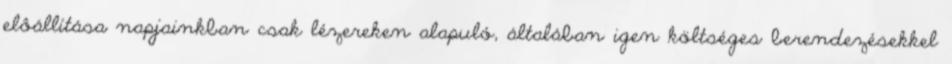
elôállítása napjainkban csak lézereken alapuló, általában igen költséges berendezésekkel